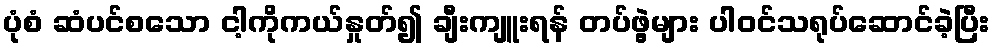
ပုံစံ ဆံပင်စသော ငါ့ကိုကယ်နှုတ်၍ ချီးကျူးရန် တပ်ဖွဲ့များ ပါဝင်သရုပ်ဆောင်ခဲ့ပြီး